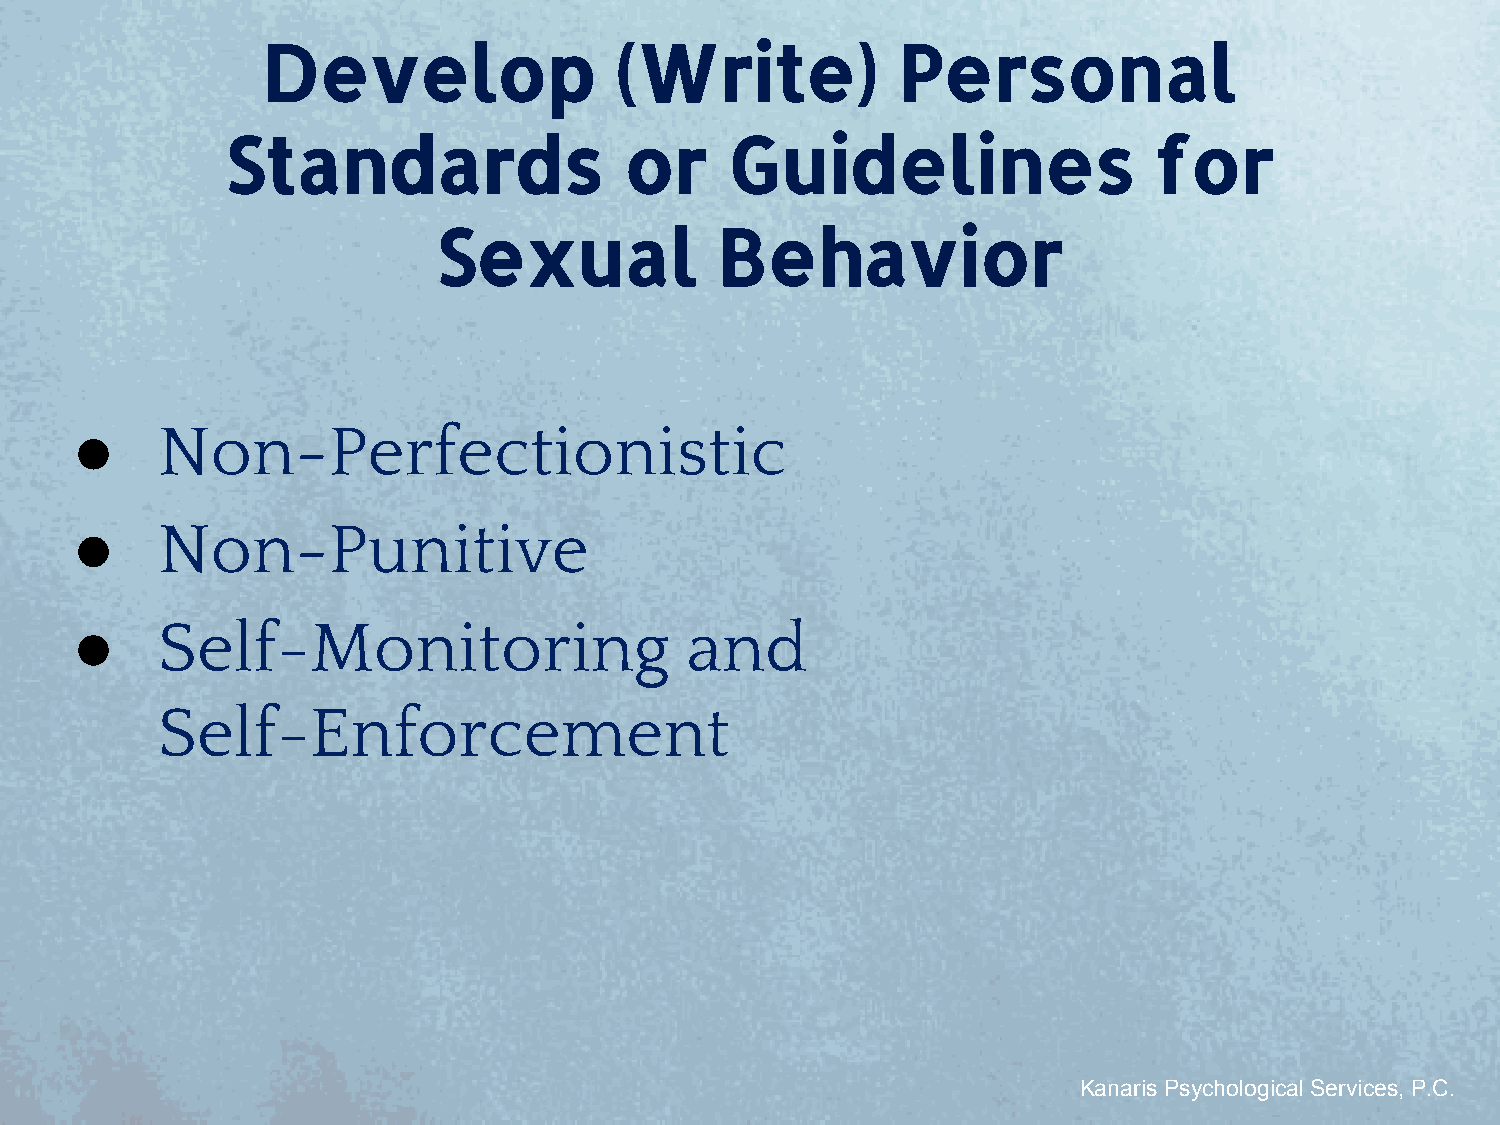
Develop                 (Write)            Personal
 Standards                 or     Guidelines                   for
 Sexual             Behavior
 ●    Non-Perfectionistic
 ●    Non-Punitive
 ●    Self-Monitoring                    and
 Self-Enforcement
 Kanaris Psychological Services, P.C.